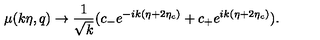
\mu ( k \eta , q ) \rightarrow \frac { 1 } { \sqrt { k } } ( c _ { - } e ^ { - i k ( \eta + 2 \eta _ { c } ) } + c _ { + } e ^ { i k ( \eta + 2 \eta _ { c } ) } ) .